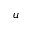
u